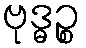
ဗုဒ္ဓဉ္စ